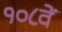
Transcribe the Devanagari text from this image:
१०८वें